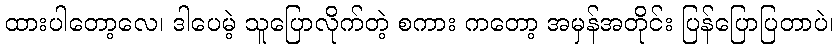
ထားပါတော့လေ၊ ဒါပေမဲ့ သူပြောလိုက်တဲ့ စကား ကတော့ အမှန်အတိုင်း ပြန်ပြောပြတာပဲ၊